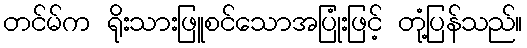
တင်မ်က ရိုးသားဖြူစင်သောအပြုံးဖြင့် တုံ့ပြန်သည်။